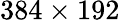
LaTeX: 384\times 192